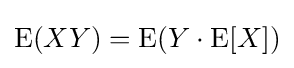
\operatorname {E} (XY)=\operatorname {E} (Y\cdot \operatorname {E} [X])